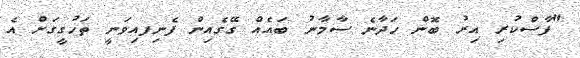
"ފާސްކުރި އިރު ބޮން ހަދާނެ ސާމާނު ބައެއް ގޭގެއިން ފެނިފއިވަނީ ތަހުގީގަށް އެ